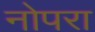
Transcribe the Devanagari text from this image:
नोपरा